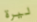
ليرة